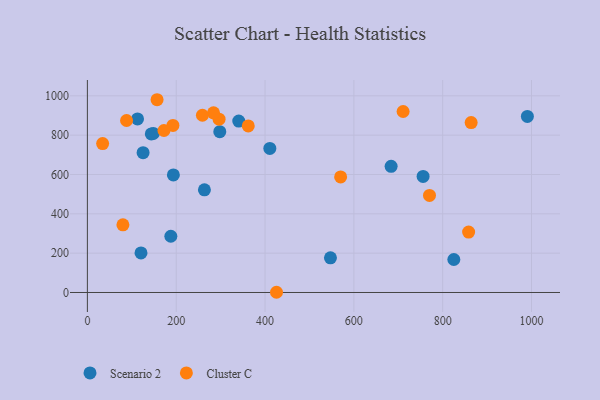
{"axis": {"x": "Ad Spend", "y": "Yield"}, "legend": ["Cluster C", "Scenario 2"], "data": [{"x": "143.9", "y": 806.5, "type": "Scenario 2"}, {"x": "112.9", "y": 882.4, "type": "Scenario 2"}, {"x": "990.7", "y": 895.3, "type": "Scenario 2"}, {"x": "683.9", "y": 641.4, "type": "Scenario 2"}, {"x": "193.6", "y": 597.9, "type": "Scenario 2"}, {"x": "410.8", "y": 732.5, "type": "Scenario 2"}, {"x": "120.7", "y": 201.0, "type": "Scenario 2"}, {"x": "298.1", "y": 817.7, "type": "Scenario 2"}, {"x": "755.9", "y": 590.1, "type": "Scenario 2"}, {"x": "340.8", "y": 871.4, "type": "Scenario 2"}, {"x": "125.4", "y": 711.0, "type": "Scenario 2"}, {"x": "547.3", "y": 176.3, "type": "Scenario 2"}, {"x": "187.9", "y": 286.1, "type": "Scenario 2"}, {"x": "148.4", "y": 808.8, "type": "Scenario 2"}, {"x": "263.5", "y": 522.1, "type": "Scenario 2"}, {"x": "825.1", "y": 167.8, "type": "Scenario 2"}, {"x": "864.1", "y": 864.2, "type": "Cluster C"}, {"x": "34.3", "y": 757.2, "type": "Cluster C"}, {"x": "425.8", "y": 1.1, "type": "Cluster C"}, {"x": "88.2", "y": 874.6, "type": "Cluster C"}, {"x": "192.6", "y": 849.6, "type": "Cluster C"}, {"x": "172.4", "y": 823.8, "type": "Cluster C"}, {"x": "710.9", "y": 920.4, "type": "Cluster C"}, {"x": "296.5", "y": 881.2, "type": "Cluster C"}, {"x": "570.2", "y": 587.4, "type": "Cluster C"}, {"x": "770.3", "y": 493.7, "type": "Cluster C"}, {"x": "362.2", "y": 846.8, "type": "Cluster C"}, {"x": "156.9", "y": 980.2, "type": "Cluster C"}, {"x": "858.4", "y": 307.2, "type": "Cluster C"}, {"x": "284.0", "y": 913.8, "type": "Cluster C"}, {"x": "259.0", "y": 901.3, "type": "Cluster C"}, {"x": "80.0", "y": 344.3, "type": "Cluster C"}]}